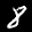
Label: 8